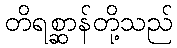
တိရစ္ဆာန်တို့သည်